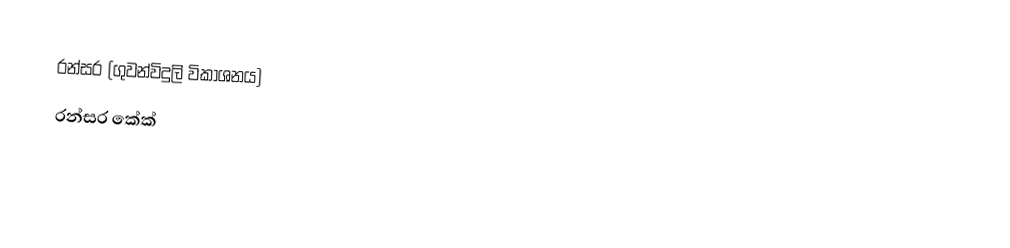
රන්සර (ගුවන්විදුලි විකාශනය)
 රන්සර කේක්